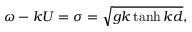
\omega - k U = \sigma = \sqrt { g k \operatorname { t a n h } { k d } } ,